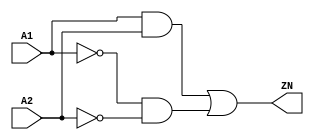
// Copyright 2022 GlobalFoundries PDK Authors
//
// Licensed under the Apache License, Version 2.0 (the "License");
// you may not use this file except in compliance with the License.
// You may obtain a copy of the License at
//
//      http://www.apache.org/licenses/LICENSE-2.0
//
// Unless required by applicable law or agreed to in writing, software
// distributed under the License is distributed on an "AS IS" BASIS,
// WITHOUT WARRANTIES OR CONDITIONS OF ANY KIND, either express or implied.
// See the License for the specific language governing permissions and
// limitations under the License.

module gf180mcu_fd_sc_mcu7t5v0__xnor2_1( A2, A1, ZN );
input A1, A2;
output ZN;

	wire ZN_row1;

	and MGM_BG_0( ZN_row1, A1, A2 );

	wire A1_inv_for_gf180mcu_fd_sc_mcu7t5v0__xnor2_1;

	not MGM_BG_1( A1_inv_for_gf180mcu_fd_sc_mcu7t5v0__xnor2_1, A1 );

	wire A2_inv_for_gf180mcu_fd_sc_mcu7t5v0__xnor2_1;

	not MGM_BG_2( A2_inv_for_gf180mcu_fd_sc_mcu7t5v0__xnor2_1, A2 );

	wire ZN_row2;

	and MGM_BG_3( ZN_row2, A1_inv_for_gf180mcu_fd_sc_mcu7t5v0__xnor2_1, A2_inv_for_gf180mcu_fd_sc_mcu7t5v0__xnor2_1 );

	or MGM_BG_4( ZN, ZN_row1, ZN_row2 );

endmodule